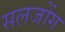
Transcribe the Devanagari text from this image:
सलजोंग